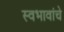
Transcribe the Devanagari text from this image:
स्वभावांचे